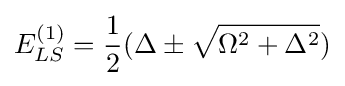
E_{LS}^{(1)}={\frac {1}{2}}(\Delta \pm {\sqrt {\Omega ^{2}+\Delta ^{2}}})